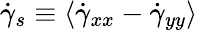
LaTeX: \dot{\gamma}_{s}\equiv\langle\dot{\gamma}_{xx}-\dot{\gamma}_{yy}\rangle